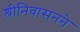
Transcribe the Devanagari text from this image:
श्रीनिवासनने